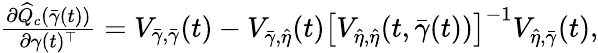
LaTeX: \begin{array}{r}{\frac{\partial\widehat{Q}_{c}(\bar{\gamma}(t))}{\partial\gamma(t)^{\top}}=V_{\bar{\gamma},\bar{\gamma}}(t)-V_{\bar{\gamma},\widehat\eta}(t)\big[V_{\widehat\eta,\widehat\eta}(t,\bar{\gamma}(t))\big]^{-1}V_{\widehat\eta,\bar{\gamma}}(t),}\end{array}